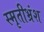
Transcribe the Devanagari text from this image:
स्मृतीभ्रंश